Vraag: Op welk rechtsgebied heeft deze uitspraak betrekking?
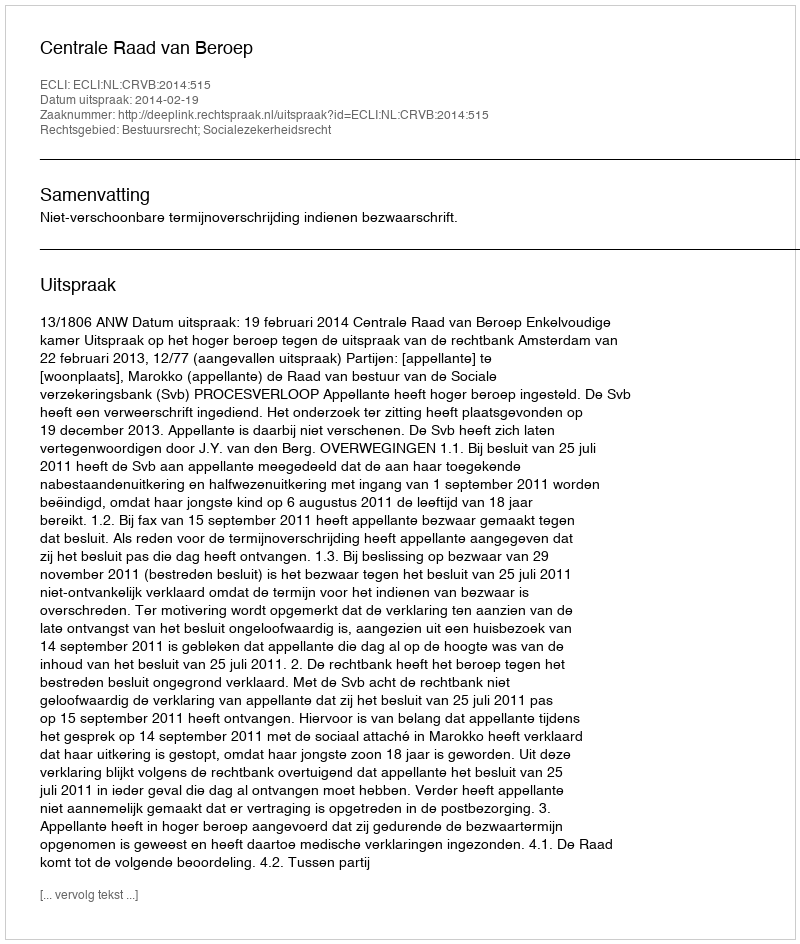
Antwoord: Bestuursrecht; Socialezekerheidsrecht